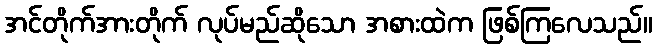
အင်တိုက်အားတိုက် လုပ်မည်ဆိုသော အစားထဲက ဖြစ်ကြလေသည်။